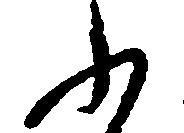
ふ